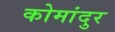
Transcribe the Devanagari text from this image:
कोमांदुर